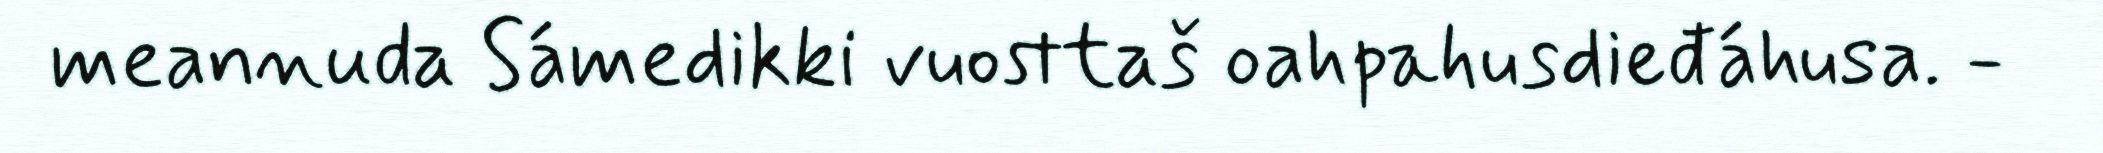
meannuda Sámedikki vuosttaš oahpahusdieđáhusa. -